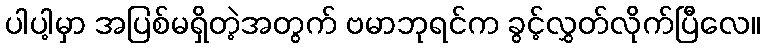
ပါပါ့မှာ အပြစ်မရှိတဲ့အတွက် ဗမာဘုရင်က ခွင့်လွှတ်လိုက်ပြီလေ။